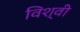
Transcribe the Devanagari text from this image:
विश्वी